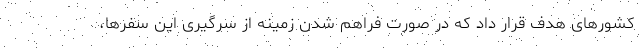
کشورهای هدف قرار داد که در صورت فراهم شدن زمینه از سرگیری این سفرها،